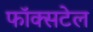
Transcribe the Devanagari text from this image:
फॉक्‍सटेल